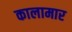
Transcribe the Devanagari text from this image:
कालामार